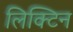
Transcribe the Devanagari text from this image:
लिक्टिन